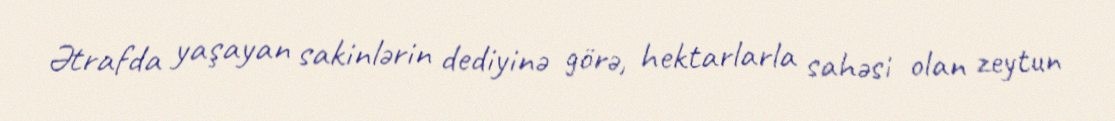
Ətrafda yaşayan sakinlərin dediyinə görə, hektarlarla sahəsi olan zeytun